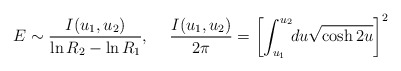
\begin{align*}E \sim {I(u_1, u_2) \over {\ln R_2 - \ln R_1}},\hspace{0.5cm}{I (u_1, u_2)\over{2\pi}} =\left[ \int_{u_1}^{u_2}\!\! du\sqrt{\cosh 2u}\right]^2\end{align*}